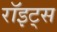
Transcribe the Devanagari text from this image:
रॉइट्स